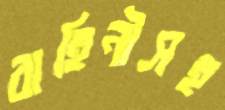
বাহিনীসহ